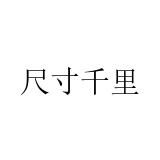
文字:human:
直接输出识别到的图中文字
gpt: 尺寸千里